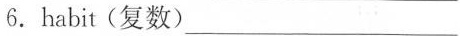
6.habit(复数)___